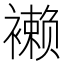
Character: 𧝝